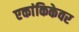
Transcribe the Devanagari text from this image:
एकांकिकेवर